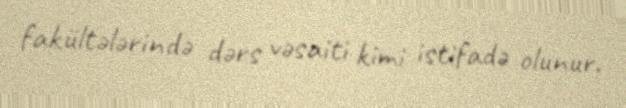
fakültələrində dərs vəsaiti kimi istifadə olunur.